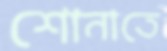
শোনাতে